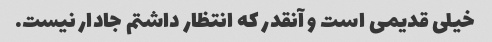
خیلی قدیمی است و آنقدر که انتظار داشتم جادار نیست.